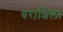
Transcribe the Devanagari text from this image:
धराशिला